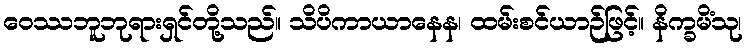
ဝေဿဘူဘုရားရှင်တို့သည်။ သိပိကာယာနေန၊ ထမ်းစင်ယာဉ်ဖြင့်။ နိက္ခမိံသု၊